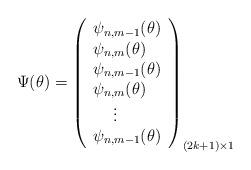
LaTeX: \begin{align*}\Psi(\theta)= \left( \begin{array}{lr} \psi_{n,m-1}(\theta) \\ \psi_{n,m}(\theta) \\ \psi_{n,m-1}(\theta) \\ \psi_{n,m}(\theta) \\ \,\,\,\,\,\,\,\vdots\\ \psi_{n,m-1}(\theta) \\ \end{array} \right)_{(2k+1) \times 1}\end{align*}